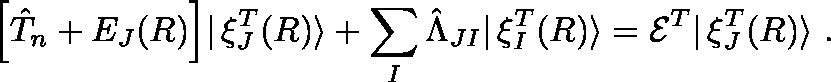
\Big [ \hat { T } _ { n } + E _ { J } ( R ) \Big ] | \, \mathbf { \xi } _ { J } ^ { T } ( R ) \rangle + \sum _ { I } \hat { \Lambda } _ { J I } | \, \mathbf { \xi } _ { I } ^ { T } ( R ) \rangle = \mathcal { E } ^ { T } | \, \mathbf { \xi } _ { J } ^ { T } ( R ) \rangle ~ .